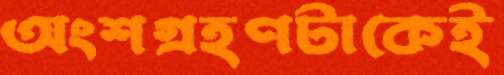
অংশগ্রহণটাকেই